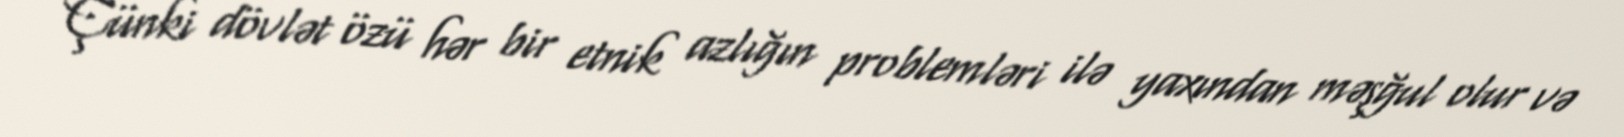
Çünki dövlət özü hər bir etnik azlığın problemləri ilə yaxından məşğul olur və